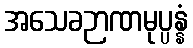
အသေခဉာဏမုပ္ပန္နံ